Report of the Hyderabad Chloroform Commission
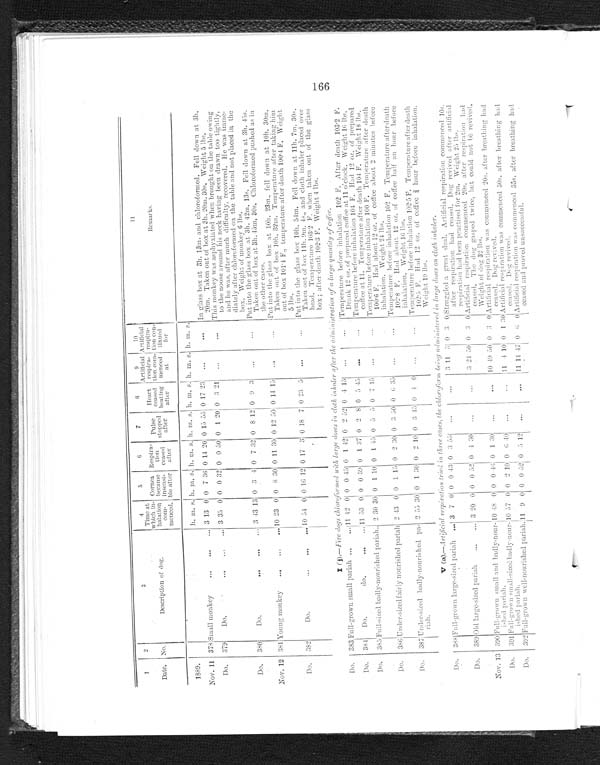
1
2
3
4
5
6
7
8
9
10
11
Time at
which
in-halation
c om-
menced.
Cornea
became insensi-
ble after
Respira-tion
ceased
after
Pulse
stopped
after.
Heart
ceasen
beating
after
Artificial
respira-
tion com-
menced
at
Artificial
respira-
tion con-
tinued
for
Remarks.
Description of dog.
Date. No.
1889.
h , m. s. h.
m. S.
h. m. s. h.
m. s. h.
m. s. h. m. S. h.
m. s.
Nov. 11
3 7 8 Small monkey . . .
3 13 0 0 7 36 0
1 4 20 0 15 55 0 17 23
. . .
. . .
In glass box at 3h. 13m. and chloroformed. Fell down at 3h.
20m. Taken out of box at 3h. 20m. 30s. Weight 5 lbs.
Do.
379
D o . . . . 3 35 0 0 0 32 0 0 50 0 1 20 0 3 21
. . .
. . .
This monkey was asphyxiated when brought on the table owing
to the noose around his neck having been drawn too tightly,
and he was, after much difficulty, recovered. He was imme
-diately after chloroformed on the table and not placed in the
box. Weight of monkey 6 lbs.
Do.
380
D o . . . . 3
4 3 13 0 3
4 0 7 32 0 8 12 0 9 3
. . .
. . .
Put into the glass box at 3h. 42m. 13s. Fell down at 3h. 45s.
Taken out of box at 30. 45m, 30s. Chloroformed pushed as in
the other cases.
Nov. 12 381 Young monkey . . .
10
23 0 0 8 30 0 11 30 0 12 50 0 14 15
. . .
. . .
Put into the glass box at 10h. 23m., fell down at 10h. 30m.
Taken out of box 10h. 32m. Temperature after taking him
out of box 101.4 F., temperature after death 100.4 F. Weight
5 lbs.
Do.
382
Do.
. . . 1 0 54 0 0
1 6 12 0 17 3 0 18
7 0 23 5
. . .
. . .
Put into the glass box 10h. 54m. Fell down at 11h. 7m. 30s.
Taken out of box 11h. 9m. 4s., and cloth inhaler placed over
head. Temperature 103.2 F. when taken out of the glass
box; after death 102.3 F. Weight 4 lbs.
I (j).—Fire dogs chloroformed with large doses in cloth inhaler after the administration of a large quantity of coffee.
Do.
3 8 3 Full-grown small pariah . . .
1 1 42 0 0 0 45 0 1 42 0 2 52 0
4 15
. . .
. . .
Temperature before inhalation 102 F. After death 103.2 F.
Drank 12 oz. of prepared coffee at 11 o'clock. Weight 16 lbs.
Do.
384
Do.
do. . . . 11 53 0 0 0 3 9 0 1 37 0 2
8 0 5 45
. . .
. . . Temperature before inhalation 104 F. Had 12 oz. of prepared
coffee at 11. Temperature after death 104 F. W e i g h t 1 8l
b s .
Do.
3 8 5
Full-sized badly-nourished p a r i a h . . .
2 30 30 0 1 10 0 1 45 0 5 5 0 7 15
. . .
. . .
Temperature before inhalation 100 F. Temperature after death
100.6 F. Had about 12 oz. of coffee about 2 minutes before
inhalation. Weight 24 lbs.
Do.
3 8 6 Under-sized fairly nourished pariah 2 43 0 0 1 15 0 2 30 0 3 50 0
6 35
. . .
. . .
Temperature before inhalation 102 F. Temperature after death
102.8 F. Had about 12 oz. of coffee half an hour before
inhalation. Weight 16 Ibs.
Do.
387 Under-sized badly-nourished pa-
riah.
2 55 30 0 1 30 0 2 10 0 3 45 0
4 0
. . .
. . .
Temperature before inhalation 102.5 F. Temperature after death
102.5 F. Had 12 oz. of coffee ¾ h o u r
b e f o r e
i n h a l a t i o n .
Weight 19 lbs.
V (a).—Artificial res piration tried in th ree cases,t h e c h l o r o f o r mb
e i n g a d m in
i s t e r e d i n l a r g e d
o s e so
n
c l o t h i n h a l e r .
Do.
388 Full-grown large-sized pariah
. . . 3 7 0 0 0 4 3 0 3 55
. . .
. . . 3 11 5 0 3
0
Struggled a great deal. Artificial respiration commenced 10s.
after respiration had ceased. Dog revived after artificial
respiration had been practised for 2m. Weight 25 lbs.
Do.
389 Old large-sized pariah . . . 3 20 0 0 0 52 0
4 30
. . .
. . . 3 24 50 0 3 0 Artificial respiration commenced 20s. after respiration had
ceased. The dog gasped twice, but could not bē revived.
Weight of dog 32 lbs.
Nov. 13 390 Full-grown small and badly-nour-
ished pariah.
1 0
48 0 0
0 4 6 0 1 30
. . .
. . . 10 49 50 0 3 0 Artificial respiration was commenced 20s. after breathing had
ceased. Dog revived.
Do.
391 Full-grown small-sized
b a d l y - n o u r - i s h e d p a r i a h .
1 0 57 0 0 2 10 0
6 40
. . .
. . . 11 4 10 0 1 30 Artificial respiration was commenced 30s, after breathing had
ceased. Dog revived.
Do.
392 Full-grown well-nourished pariah. 1 1 9 0 0 0 52 0
5 12
. . .
. . . 11
14 47 0
6 0 Artificial respiration was commenced 35s. after breathing had
ceased and proved unsuccessful.
166